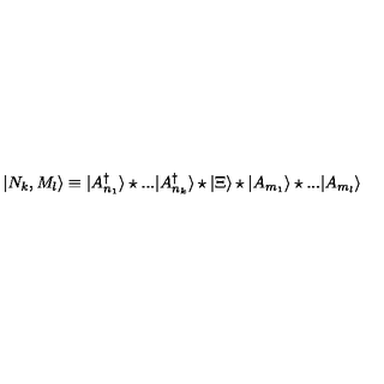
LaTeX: | N _ { k } , M _ { l } \rangle \equiv | A _ { n _ { 1 } } ^ { \dag } \rangle \star . . . | A _ { n _ { k } } ^ { \dag } \rangle \star | \Xi \rangle \star | A _ { m _ { 1 } } \rangle \star . . . | A _ { m _ { l } } \rangle